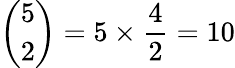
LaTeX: {\binom{5}{2}}=5\times{\frac{4}{2}}=10